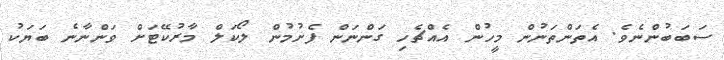
ސަބަބުންނެވެ. އެތަންތަނުން މީހުން އެއްޗެހި ގަންނަން ފެށުމުން ލޯކަލް މާރުކޭޓަށް ވަންނާނެ ބަޔަކު